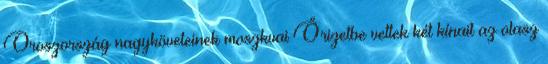
Oroszország nagyköveteinek moszkvai Őrizetbe vettek két kínait az olasz